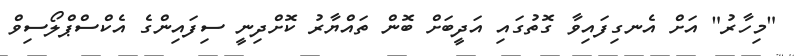
"މިހާރު" އަށް އެނގިފައިވާ ގޮތުގައި އަދީބަށް ބޮން ތައްޔާރު ކޮށްދިނީ ސިފައިންގެ އެކްސްޕްލޯސިވް